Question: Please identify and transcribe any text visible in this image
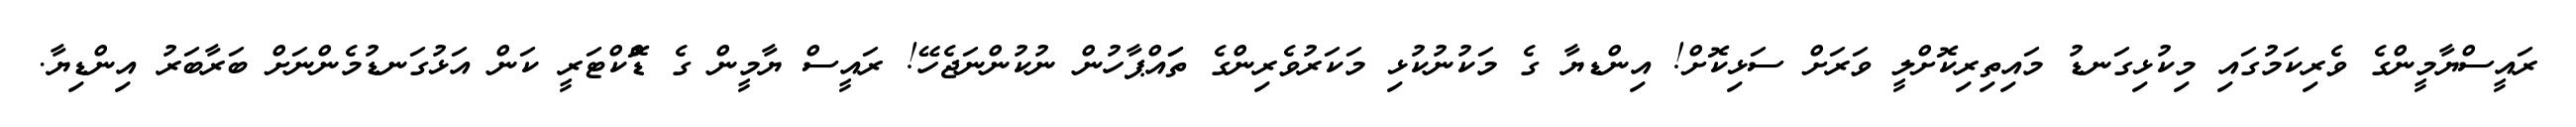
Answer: ރައީސްޔާމީންގެ ވެރިކަމުގައި މިކުޅިގަނޑު މައިތިރިކޮށްލީ ވަރަށް ސަޅިކޮށް! އިންޑޔާ ގެ މަކުނުކުޅި މަކަރުވެރިންގެ ތަައްޕާހުން ނުކުންނަޖެހޭ! ރައީސް ޔާމީން ގެ ޑޮްކްޓަރީ ކަން އަޅުގަނޑުމެންނަށް ބަރާބަރު އިންޑިޔާ.